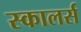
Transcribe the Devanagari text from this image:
स्कालर्स